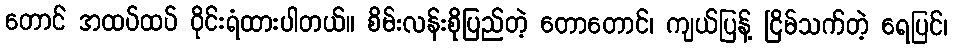
တောင် အထပ်ထပ် ဝိုင်းရံထားပါတယ်။ စိမ်းလန်းစိုပြည်တဲ့ တောတောင်၊ ကျယ်ပြန့် ငြိမ်သက်တဲ့ ရေပြင်၊